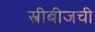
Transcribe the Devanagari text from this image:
स्त्रीबीजची